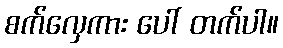
စက်လှေကား ပေါ် တက်ပါ။